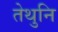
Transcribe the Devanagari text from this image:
तेथुनि